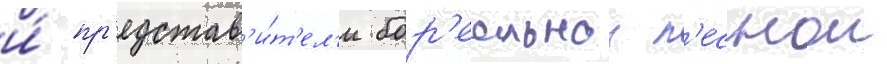
и́ пр'едстав'и́т'ел'и бор'еальнои л'еснои